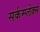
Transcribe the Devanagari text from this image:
सर्कम्प्लेक्स